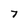
Character: 7